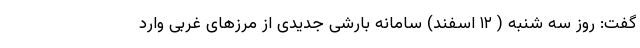
گفت: روز سه شنبه ( ۱۲ اسفند) سامانه بارشی جدیدی از مرزهای غربی وارد